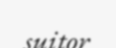
suitor